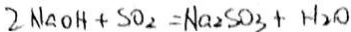
2 N a O H + S O _ { 2 } = N a _ { 2 } S O _ { 3 } + H _ { 2 } O